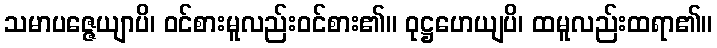
သမာပဇ္ဇေယျာပိ၊ ဝင်စားမူလည်းဝင်စား၏။ ဝုဋ္ဌဟေယျပိ၊ ထမူလည်းထရာ၏။